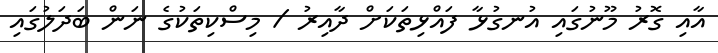
އާއި ގޮރު މޫނުގައި އުނގުޅާ ފައްޅިތަކަށް ދާއިރު / މިސްކިތަކުގެ ނަން ބަދަލުގައި